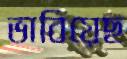
ভাবিয়েছ